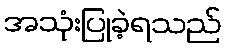
အသုံးပြုခဲ့ရသည်